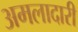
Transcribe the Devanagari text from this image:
अमलादारी